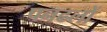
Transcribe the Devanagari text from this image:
पनढलों